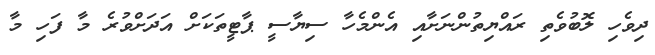
ދިވެހި ލޮބުވެތި ރައްޔިތުންނަށާއި އެންމެހާ ސިޔާސީ ޕާޓީތަކަށް އަދަށްވުރެ މާ ފަހި މާ